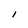
Character: I